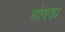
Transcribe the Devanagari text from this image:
घोषड़ा